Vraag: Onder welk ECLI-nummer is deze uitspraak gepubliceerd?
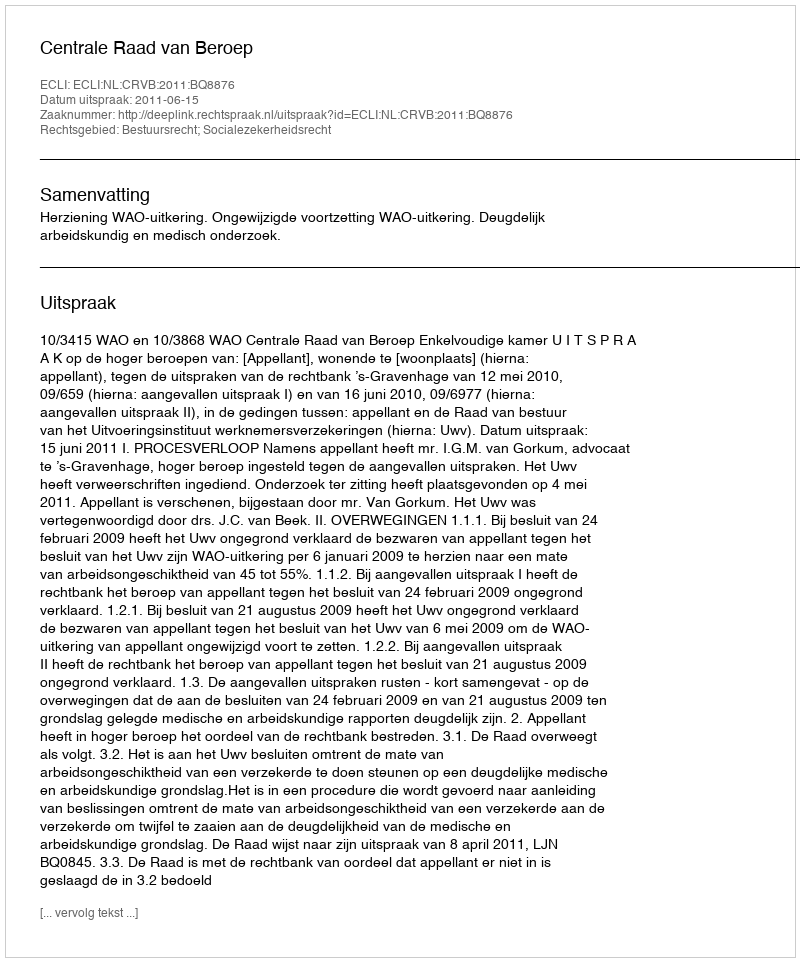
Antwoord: ECLI:NL:CRVB:2011:BQ8876